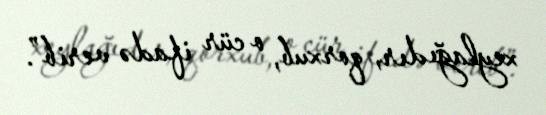
xeylağıdır, qorxub, o cür ifadə verib”.